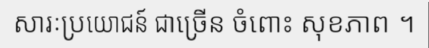
សារៈប្រយោជន៍ ជាច្រើន ចំពោះ សុខភាព ។